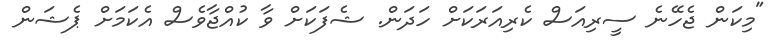
"މިކަން ޖެހޭނެ ސީރިއަސް ކެރިއަރަކަށް ހަދަން. ޝެފަކަށް ވާ ކުއްޖާވެސް އެކަމަށް ޕެޝަން